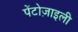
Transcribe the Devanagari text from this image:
पेंटोज़ाइली